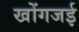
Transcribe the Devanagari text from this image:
खोंगजई